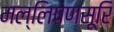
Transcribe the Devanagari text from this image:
मल्लिषेणसूरि